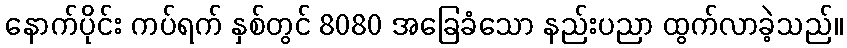
နောက်ပိုင်း ကပ်ရက် နှစ်တွင် 8080 အခြေခံသော နည်းပညာ ထွက်လာခဲ့သည်။